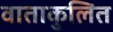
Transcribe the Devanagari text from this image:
वाताकुलित